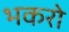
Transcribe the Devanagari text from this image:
भकरो